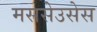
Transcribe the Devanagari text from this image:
मससेउसेस